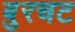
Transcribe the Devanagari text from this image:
बुरचट